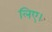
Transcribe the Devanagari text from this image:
लिए।